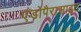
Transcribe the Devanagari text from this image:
एंडोपैरासाइट